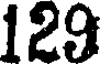
129